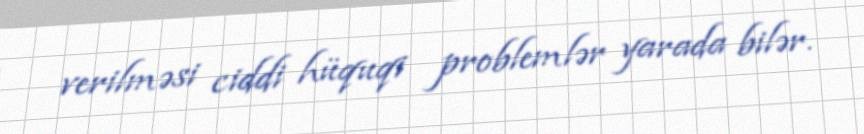
verilməsi ciddi hüquqi problemlər yarada bilər.